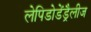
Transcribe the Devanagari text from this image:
लेपिडोडेंड्रैलीज